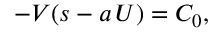
- V ( s - a \, U ) = C _ { 0 } ,